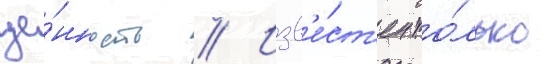
це́нность // Изв'е́ст'ен то́лько